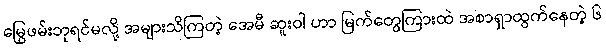
မြွေဖမ်းဘုရင်မလို့ အများသိကြတဲ့ အေမီ ဆူးဝါ ဟာ မြက်တွေကြားထဲ အစာရှာထွက်နေတဲ့ ၆